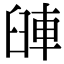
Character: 𨋺